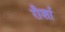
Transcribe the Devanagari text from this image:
रौर्शा